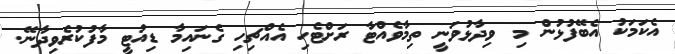
އެކަމަކު އެބޭފުޅުން މި ވިދާޅުވަނީ ތިމާވެއްޓާ ރަށްޓެހި އެއްޗިހި ގެނައިމާ ޑިއުޓީ މާފުކުރެވިދާނޭ.